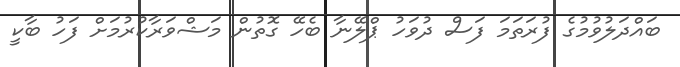
ބައްދަލުވުމުގެ ފުރަތަމަ ފަސް ދުވަހު ޕްލޭނާ ބެހޭ ގޮތުން މަޝްވަރާކުރުމަށް ފަހު ބާކީ